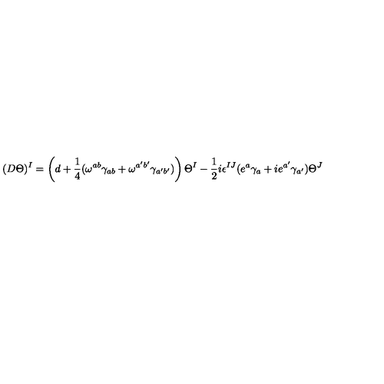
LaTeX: ( D \Theta ) ^ { I } = \left( d + { \frac { 1 } { 4 } } ( \omega ^ { a b } \gamma _ { a b } + \omega ^ { a ^ { \prime } b ^ { \prime } } \gamma _ { a ^ { \prime } b ^ { \prime } } ) \right) \Theta ^ { I } - { \frac { 1 } { 2 } } i \epsilon ^ { I J } ( e ^ { a } \gamma _ { a } + i e ^ { a ^ { \prime } } \gamma _ { a ^ { \prime } } ) \Theta ^ { J }